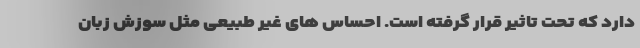
دارد که تحت تاثیر قرار گرفته است. احساس های غیر طبیعی مثل سوزش زبان